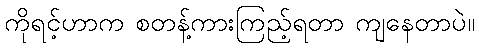
ကိုရင့်ဟာက စတန့်ကားကြည့်ရတာ ကျနေတာပဲ။